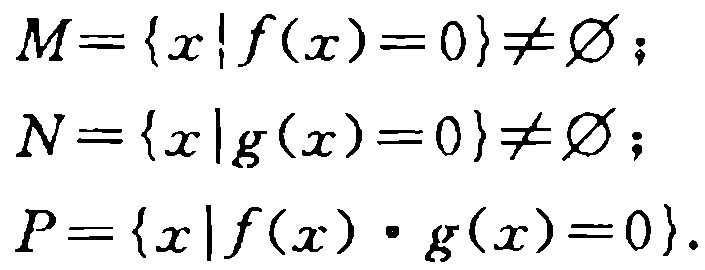
\[

\begin{align*}

M&=\{x|f(x)=0\}\neq\varnothing;\\

N&=\{x|g(x)=0\}\neq\varnothing;\\

P&=\{x|f(x)\cdot g(x)=0\}.

\end{align*}

\]